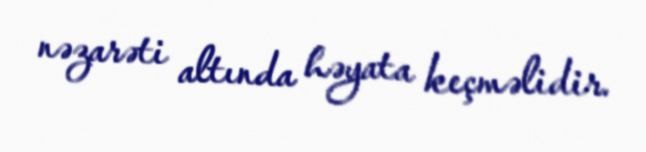
nəzarəti altında həyata keçməlidir.